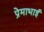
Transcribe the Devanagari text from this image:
प्रेमाभाई